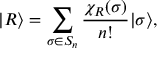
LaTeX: | R \rangle = \sum _ { \sigma \in S _ { n } } \frac { \chi _ { R } ( \sigma ) } { n ! } | \sigma \rangle ,